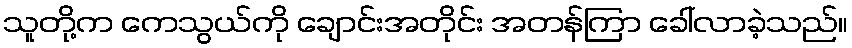
သူတို့က ကေသွယ်ကို ချောင်းအတိုင်း အတန်ကြာ ခေါ်လာခဲ့သည်။